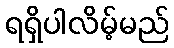
ရရှိပါလိမ့်မည်